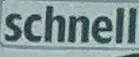
schnell